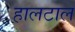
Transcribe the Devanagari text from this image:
हालटाल